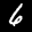
Label: 6